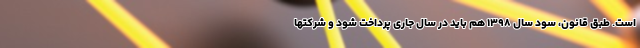
است. طبق قانون، سود سال ۱۳۹۸ هم باید در سال جاری پرداخت شود و شرکتها